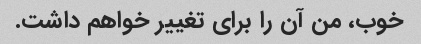
خوب، من آن را برای تغییر خواهم داشت.